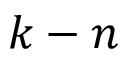
k - n